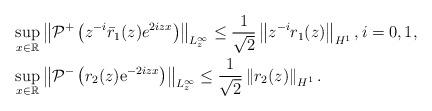
LaTeX: \begin{align*}&\sup _{x \in \mathbb{R}}\left\|\mathcal{P}^+\left(z^{-i}\bar{r}_1(z)e^{ 2iz x}\right)\right\|_{L_z^\infty} \leq\frac{1}{\sqrt{2}}\left\|z^{-i}r_1(z)\right\|_{H^1},i=0,1,\\&\sup_{x \in \mathbb{R}}\left\|\mathcal{P}^-\left(r_2(z) \mathrm{e}^{-2iz x}\right)\right\|_{L_{z}^{\infty}} \leq\frac{1}{\sqrt{2}}\left\|r_2(z)\right\|_{H^{1}}.\end{align*}